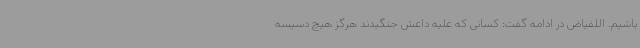
باشیم. اللفیاض در ادامه گفت: کسانی که علیه داعش جنگیدند هرگز هیچ دسیسه